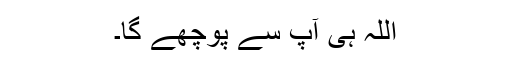
اللہ ہی آپ سے پوچھے گا۔